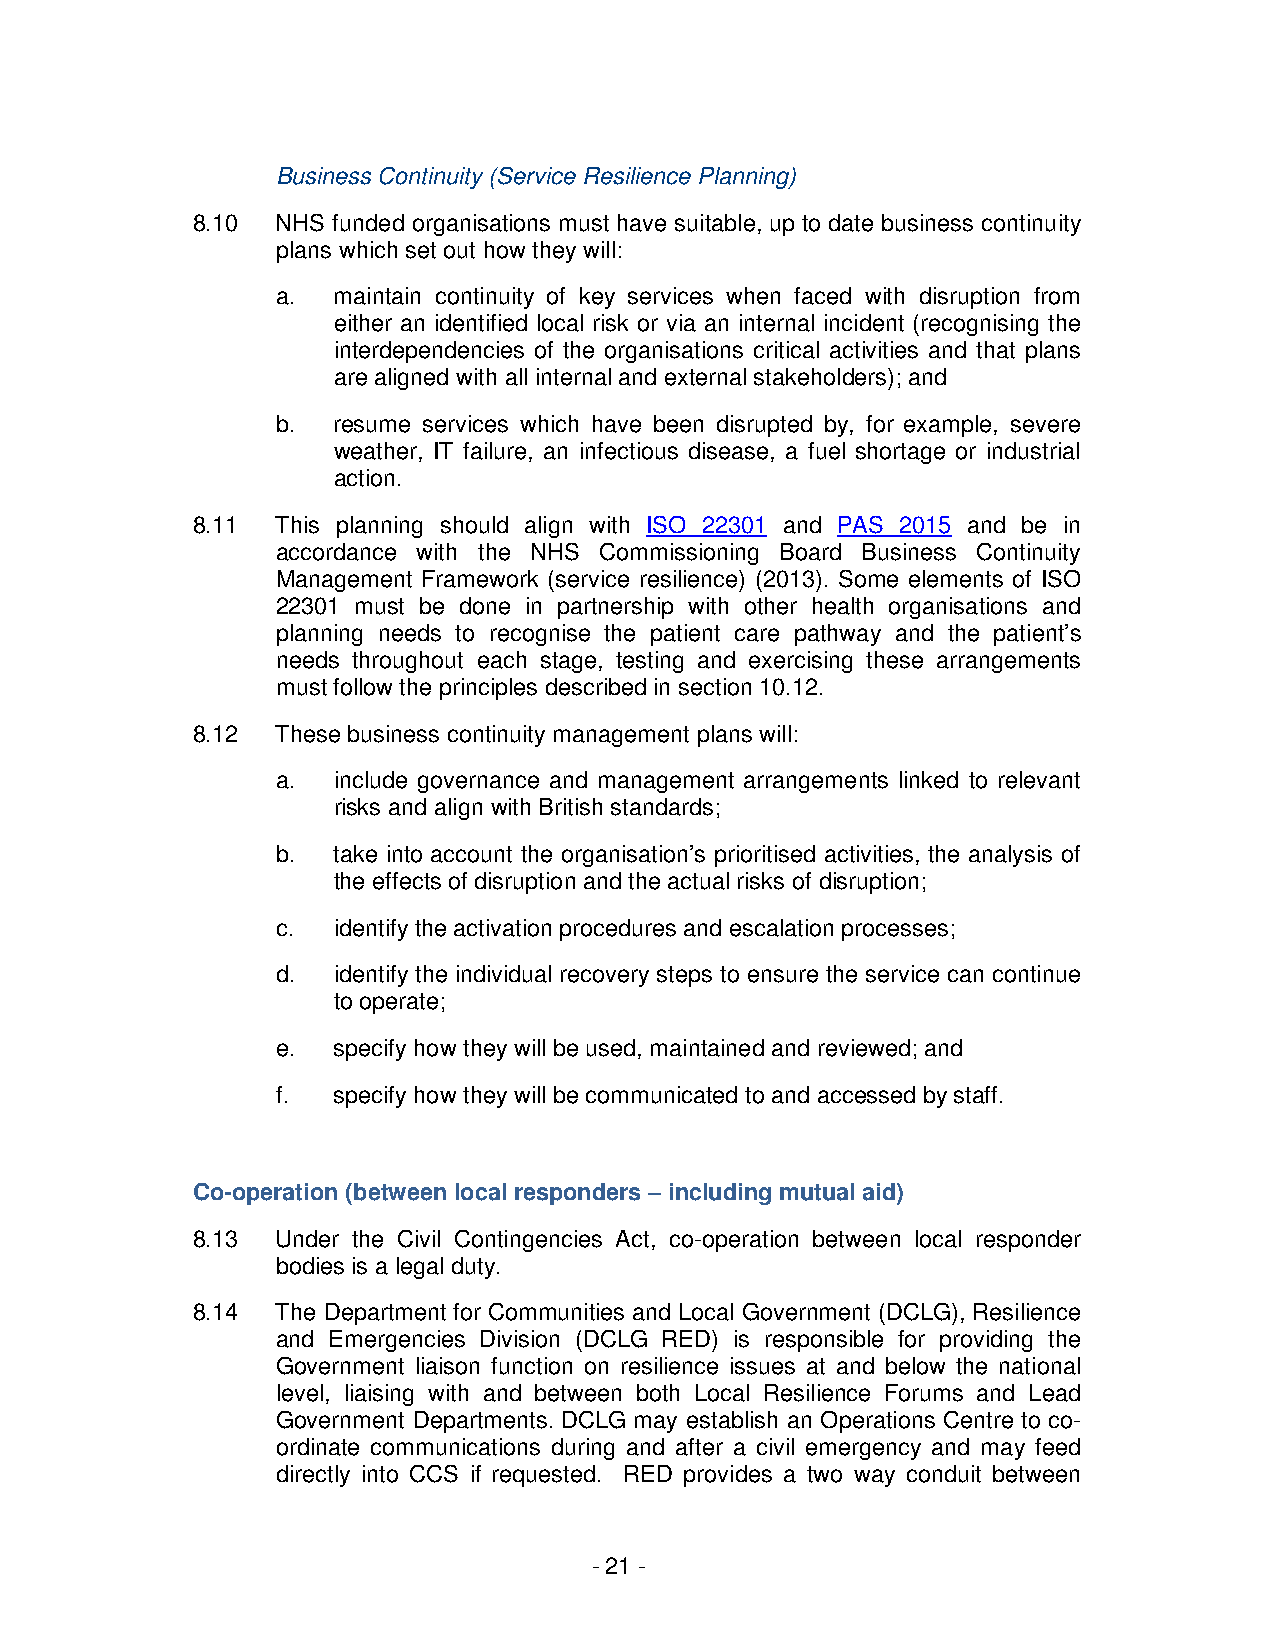
Business Continuity (Service Resilience Planning)
 8.10 NHS funded organisations must have suitable, up to date business continuity
 plans which set out how they will:
 a.  maintain continuity of key services when faced with disruption from
 either an identified local risk or via an internal incident (recognising the
 interdependencies of the organisations critical activities and that plans
 are aligned with all internal and external stakeholders); and
 b.  resume services which have been disrupted by, for example, severe
 weather, IT failure, an infectious disease, a fuel shortage or industrial
 action.
 8.11 This planning should align with ISO 22301 and PAS 2015 and be in
 accordance with the NHS Commissioning Board Business Continuity
 Management Framework (service resilience) (2013). Some elements of ISO
 22301 must be done in partnership with other health organisations and
 planning needs to recognise the patient care pathway and the patient’s
 needs throughout each stage, testing and exercising these arrangements
 must follow the principles described in section 10.12.
 8.12 These business continuity management plans will:
 a.  include governance and management arrangements linked to relevant
 risks and align with British standards;
 b.  take into account the organisation’s prioritised activities, the analysis of
 the effects of disruption and the actual risks of disruption;
 c.  identify the activation procedures and escalation processes;
 d.  identify the individual recovery steps to ensure the service can continue
 to operate;
 e.  specify how they will be used, maintained and reviewed; and
 f.  specify how they will be communicated to and accessed by staff.
 Co-operation (between local responders – including mutual aid)
 8.13 Under the Civil Contingencies Act, co-operation between local responder
 bodies is a legal duty.
 8.14 The Department for Communities and Local Government (DCLG), Resilience
 and Emergencies Division (DCLG RED) is responsible for providing the
 Government liaison function on resilience issues at and below the national
 level, liaising with and between both Local Resilience Forums and Lead
 Government Departments. DCLG may establish an Operations Centre to co-
 ordinate communications during and after a civil emergency and may feed
 directly into CCS if requested. RED provides a two way conduit between
 - 21 -